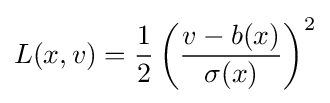
L(x,v)={\frac {1}{2}}\left({\frac {v-b(x)}{\sigma (x)}}\right)^{2}